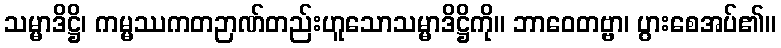
သမ္မာဒိဋ္ဌိ၊ ကမ္မဿကတဉာဏ်တည်းဟူသောသမ္မာဒိဋ္ဌိကို။ ဘာဝေတဗ္ဗာ၊ ပွားစေအပ်၏။